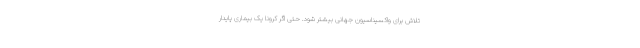
تلاش برای واکسیناسیون جهانی بیشتر شود. حتی اگر کرونا یک بیماری پایدار